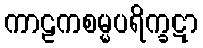
ကာဠကစမ္မပရိက္ခဋာ